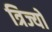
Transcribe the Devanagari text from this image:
त्रिज्यों